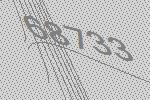
68733